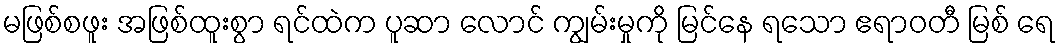
မဖြစ်စဖူး အဖြစ်ထူးစွာ ရင်ထဲက ပူဆာ လောင် ကျွမ်းမှုကို မြင်နေ ရသော ဧရာဝတီ မြစ် ရေ